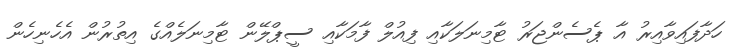
ހަދާފައިވާއިރު އާ ޕެސެންޖަރު ޓާމިނަލަކާއި ފިއުލް ފާމަކާއި ސީޕްލޭން ޓާމިނަލެއްގެ އިތުރުން އެހެނިހެން